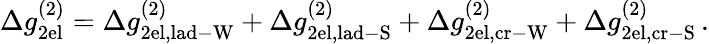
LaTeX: \Delta g_{\mathrm{2el}}^{(2)}=\Delta g_{\mathrm{2el,lad-W}}^{(2)}+\Delta g_{\mathrm{2el,lad-S}}^{(2)}+\Delta g_{\mathrm{2el,cr-W}}^{(2)}+\Delta g_{\mathrm{2el,cr-S}}^{(2)}\, .